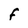
Character: F